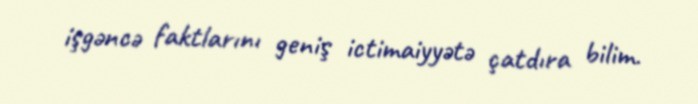
işgəncə faktlarını geniş ictimaiyyətə çatdıra bilim.